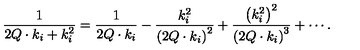
\frac { 1 } { 2 Q \cdot k _ { i } + k _ { i } ^ { 2 } } = \frac { 1 } { 2 Q \cdot k _ { i } } - \frac { k _ { i } ^ { 2 } } { \left( 2 Q \cdot k _ { i } \right) ^ { 2 } } + \frac { \left( k _ { i } ^ { 2 } \right) ^ { 2 } } { \left( 2 Q \cdot k _ { i } \right) ^ { 3 } } + \cdots .